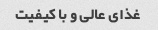
غذای عالی و با کیفیت